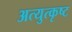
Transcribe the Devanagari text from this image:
अत्युत्‍कृष्ट